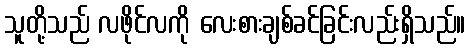
သူတို့သည် လဖိုင်လကို လေးစားချစ်ခင်ခြင်းလည်းရှိသည်။